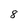
Character: 8